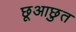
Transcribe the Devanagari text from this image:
छूआछुत